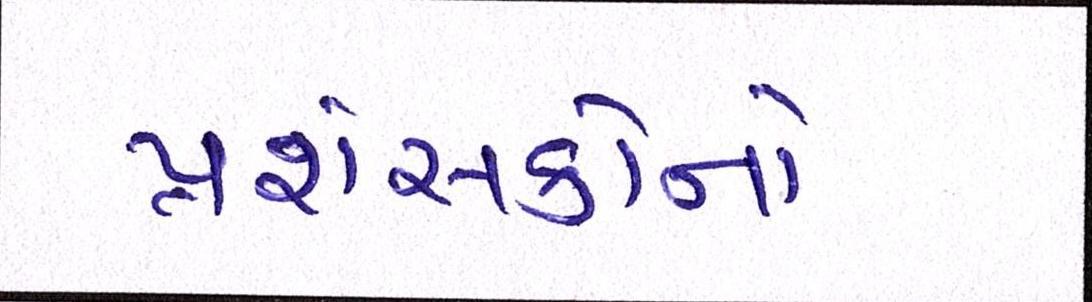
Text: પ્રશંસકોનો